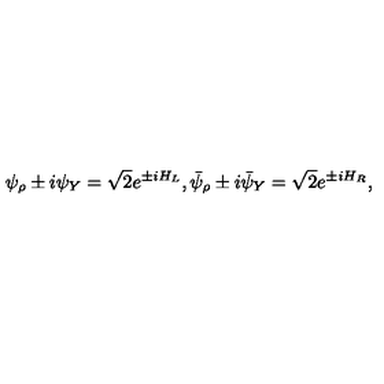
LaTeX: \psi _ { \rho } \pm i \psi _ { Y } = \sqrt { 2 } e ^ { \pm i H _ { L } } , \bar { \psi } _ { \rho } \pm i \bar { \psi } _ { Y } = \sqrt { 2 } e ^ { \pm i H _ { R } } ,